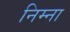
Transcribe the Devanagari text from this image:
निम्ना